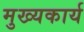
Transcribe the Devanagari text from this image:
मुख्यकार्य